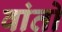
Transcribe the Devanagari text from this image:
वांतो